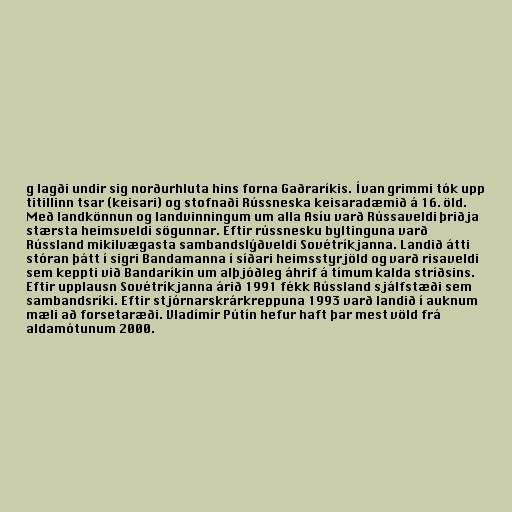
g lagði undir sig norðurhluta hins forna Gaðraríkis. Ívan grimmi tók upp
titillinn tsar (keisari) og stofnaði Rússneska keisaradæmið á 16. öld.
Með landkönnun og landvinningum um alla Asíu varð Rússaveldi þriðja
stærsta heimsveldi sögunnar. Eftir rússnesku byltinguna varð
Rússland mikilvægasta sambandslýðveldi Sovétríkjanna. Landið átti
stóran þátt í sigri Bandamanna í síðari heimsstyrjöld og varð risaveldi
sem keppti við Bandaríkin um alþjóðleg áhrif á tímum kalda stríðsins.
Eftir upplausn Sovétríkjanna árið 1991 fékk Rússland sjálfstæði sem
sambandsríki. Eftir stjórnarskrárkreppuna 1993 varð landið í auknum
mæli að forsetaræði. Vladímír Pútín hefur haft þar mest völd frá
aldamótunum 2000.